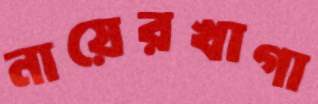
নায়েরখাগা